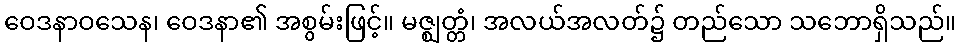
ဝေဒနာဝသေန၊ ဝေဒနာ၏ အစွမ်းဖြင့်။ မဇ္ဈတ္တံ၊ အလယ်အလတ်၌ တည်သော သဘောရှိသည်။